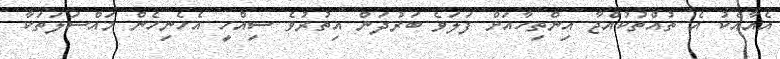
އެއާއެކު އެ ތުއްތުކުއްޖާ އިންތިހާއަށް ފަލަވެ ބަރުދަން އިތުރުވެ ސިއްހީ އެހެނިހެން މައްސަލަތަކާ